Bréfritari: Sigríður Pálsdóttir
Viðtakandi: Páll Pálsson
Dagsetning: A-1865-02-12
Skrifað á: Breiðabólsstað  Rang.
Páll var bróðir Sigríðar

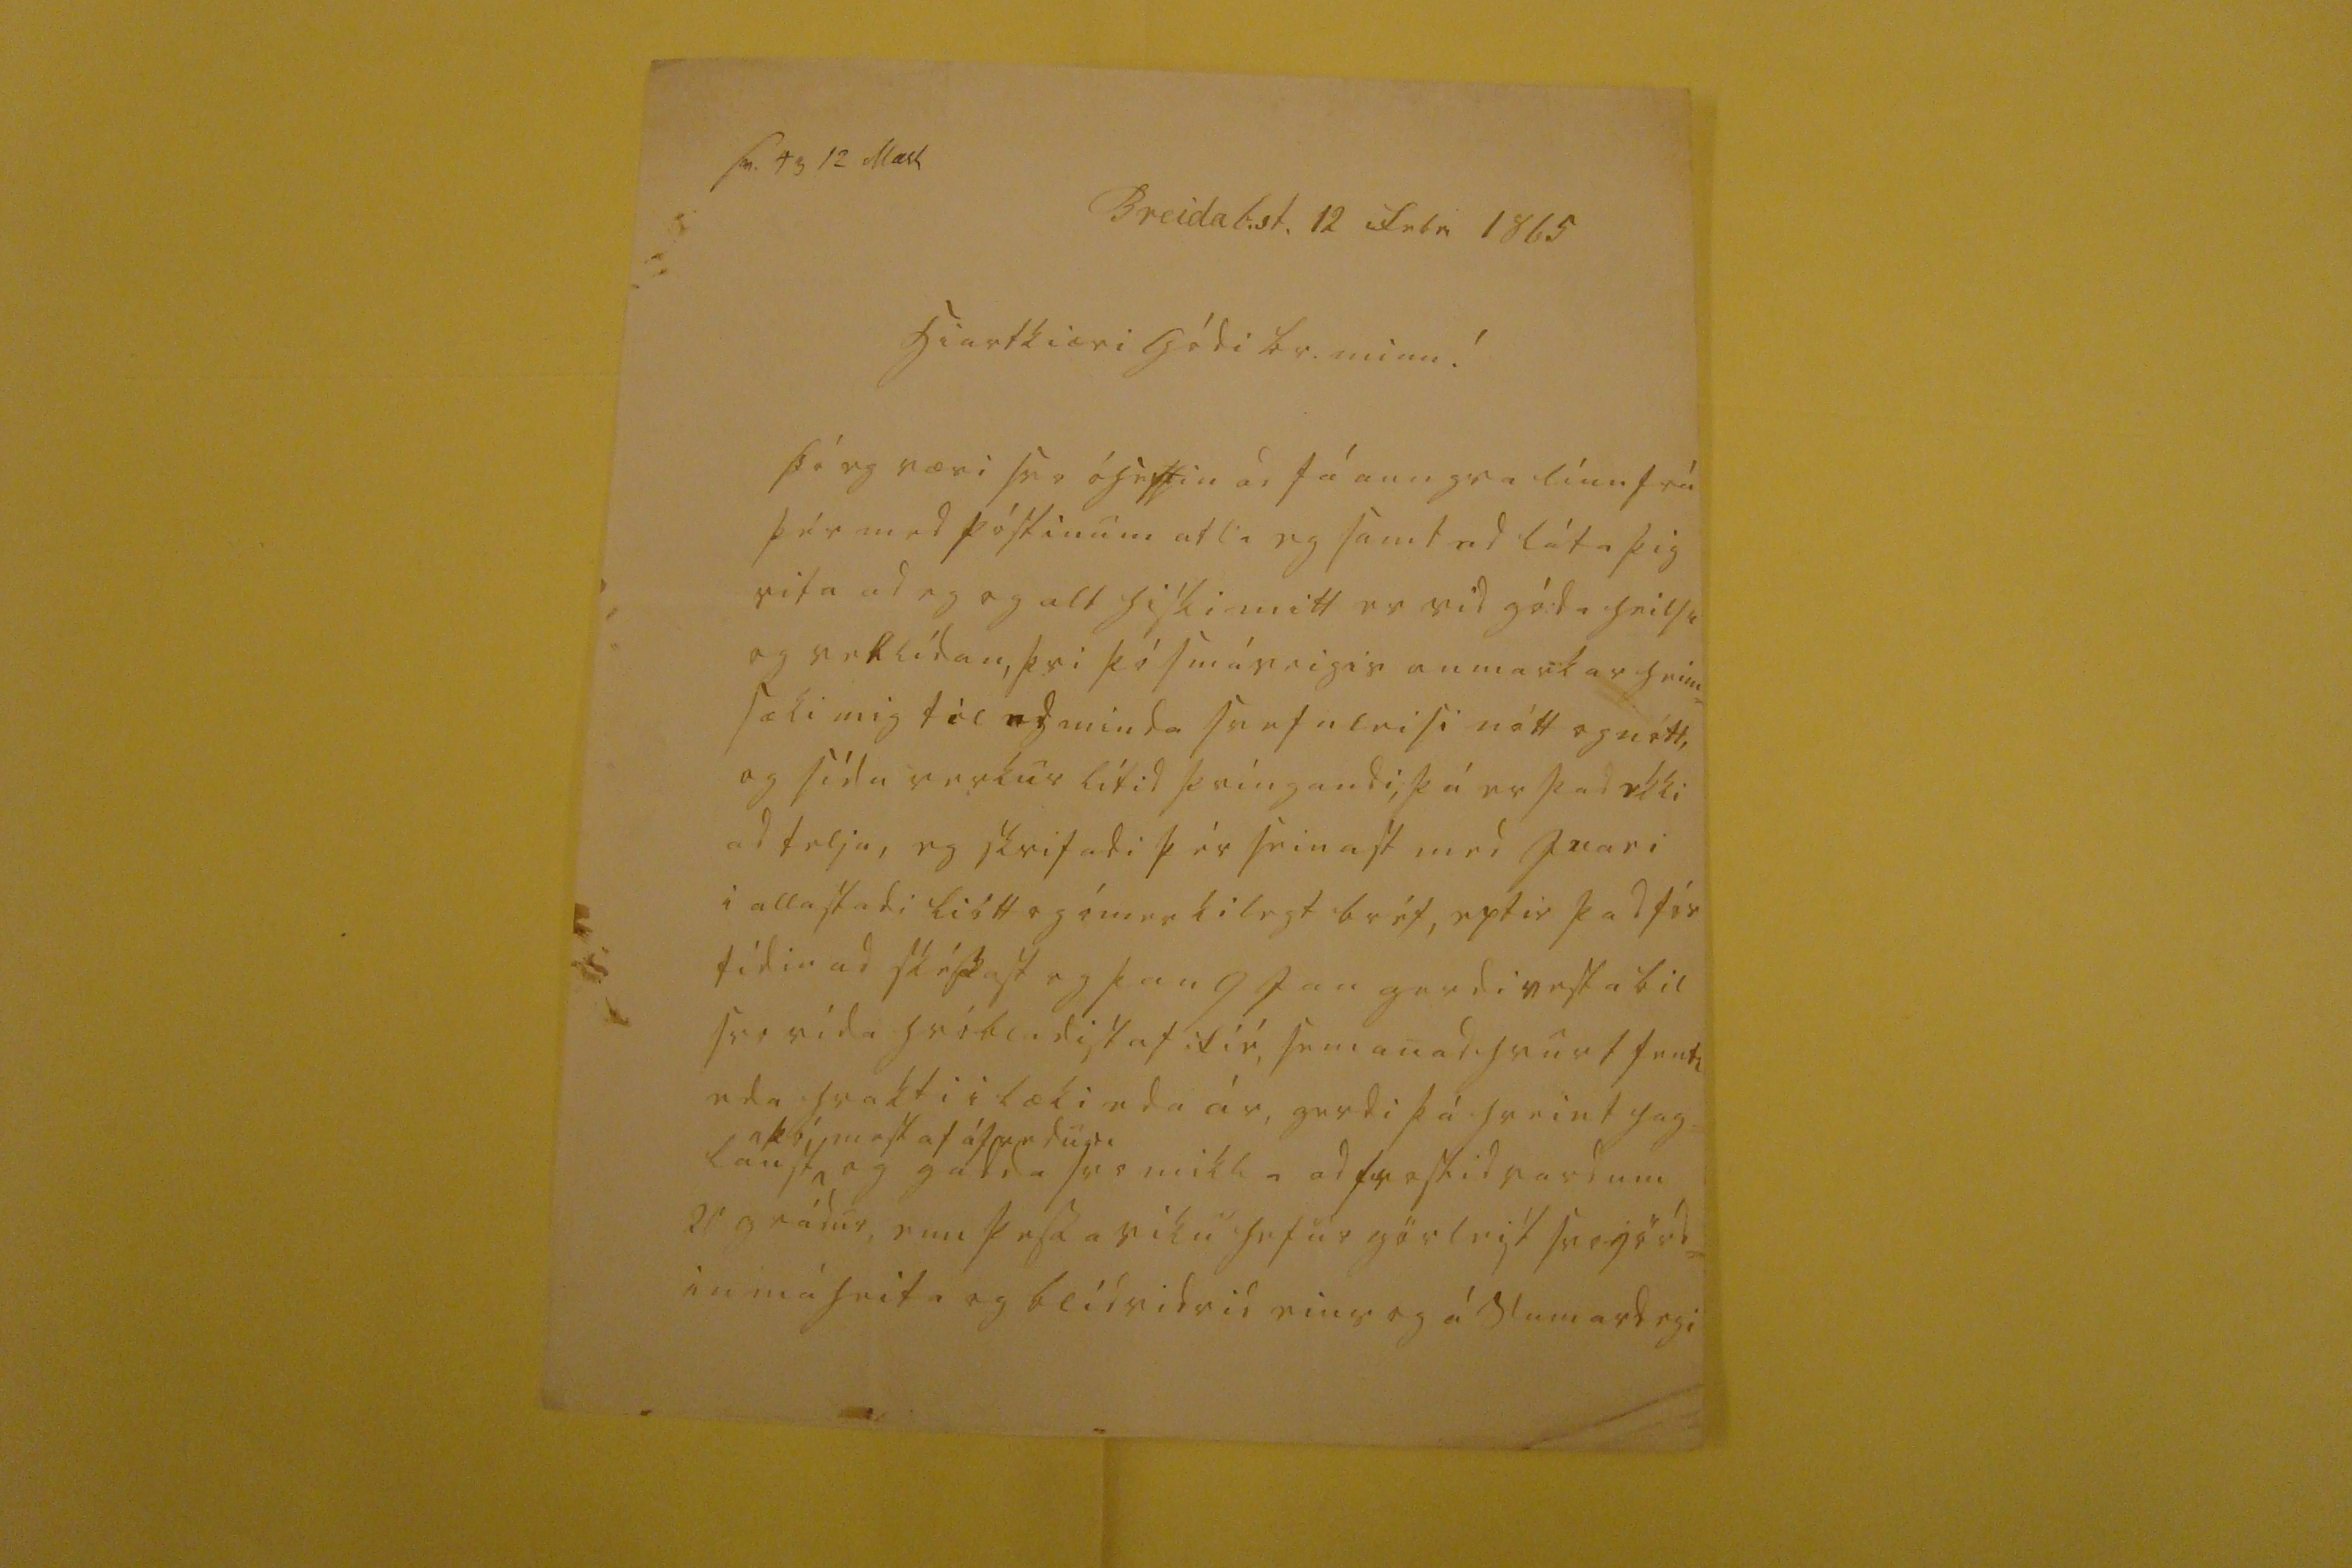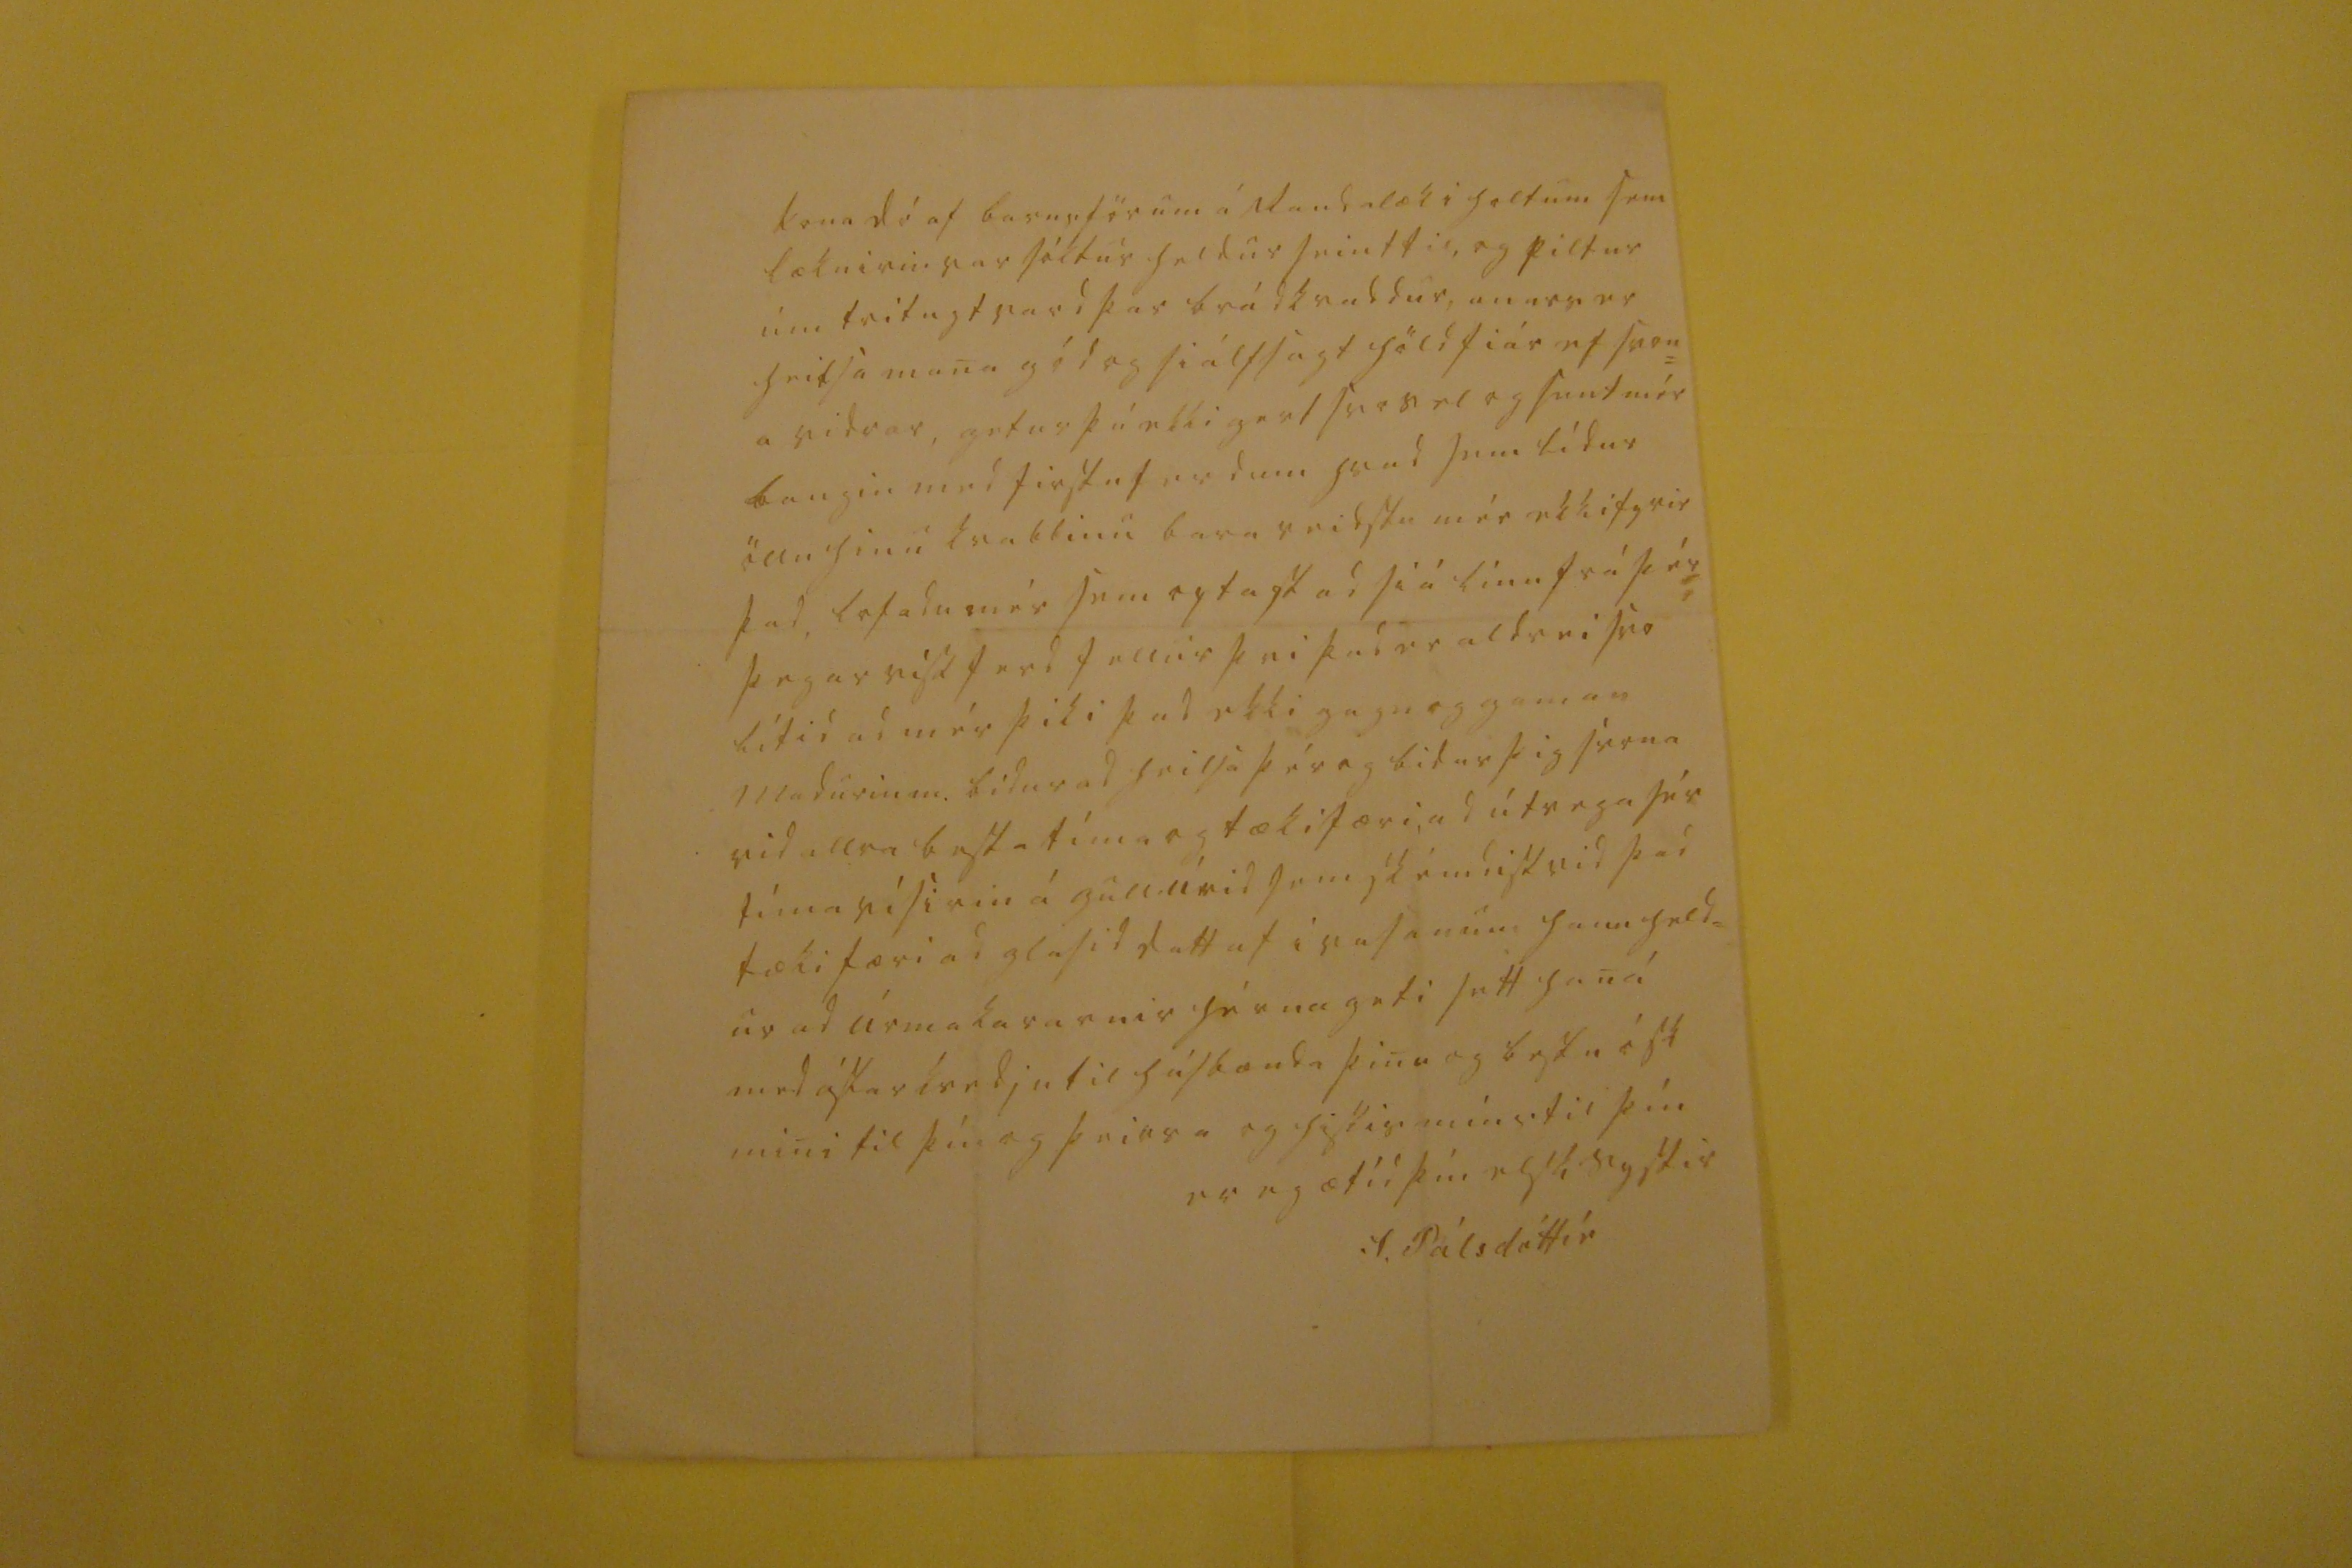

sv 00 23 Mars
Breidab.st. 12 Febr 1865
hiartkiæri gódi br. minn!
þó eg væri svo óheppin ad fá aungva línu frá þér med póstinum atla eg samt ad láta þig vita ad eg og alt hiski mitt er vid góda heilsu og vellídan, þvi þó smáveigis anmarkar heim= sæki mig til ad minda svefnleisi nótt og nótt, og sídu verkur lítid þvíngandi, þá er þad ekki ad telja, eg skrifadi þér seinast med svari i alla stadi liótt og ómerkilegt bréf, eptir þad fór tídin ad skéssast og þan 9 Jan gerdi vesta bil svo vída hrókadist af fié, sem anad hvurt fenti eda hrakti i læki eda ár, gerdi þá hreint hag= laust
þó mest af
á000du0
og gadda svo mikla ad frostid vard um 20 grádur, enn þessa viku hefur görleist svo jörd= in má heita og blídvidrid eins og á sumardegi
kona dó af barnsförum á
Randalæk
i holtum sem læknirin var sóktur heldur seint til, og piltur um tvitugt vard þar brádkvaddur, anars er heilsa mana gód og siálfsagt höldfiár ef svon= a vidrar, getur þú ekki gert svo vel og sent mér baugin med firstu ferdum hvad sem lídur öllu hinu kvabbinu bara reidstu mér ekki fyrir þad, lofadu mér sem optast ad siá línu frá þér þegar viss ferd fellur þvi þad er aldrei svo lítid ad mér þiki þad ekki gagn og gaman Madurin m. bidur ad heilsa þér og bidur þig svona vid allra besta tíma og tækifæri, ad útvega sér tímavísirin á gull úrid sem skémdist vid þad tækifæri ad glasid datt af i vasanum hann held= ur ad úrmakararnir hérna geti sett han á med ástarkvedju til húsbænda þina og bestu ósk mini til þín og þeirra og hiskis míns til þín
er eg ætíd þín elsk systir
S. Pálsdóttir